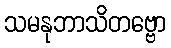
သမနုဘာသိတဗ္ဗော